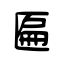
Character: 匾